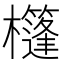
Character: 𣠑